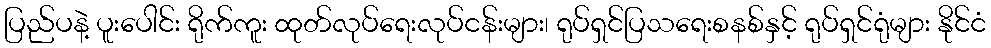
ပြည်ပနဲ့ ပူးပေါင်း ရိုက်ကူး ထုတ်လုပ်ရေးလုပ်ငန်းများ၊ ရုပ်ရှင်ပြသရေးစနစ်နှင့် ရုပ်ရှင်ရုံများ နိုင်ငံ